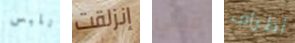
نلبس إنزلقت فيني أطراف